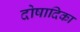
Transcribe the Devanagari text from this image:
दोषादिका